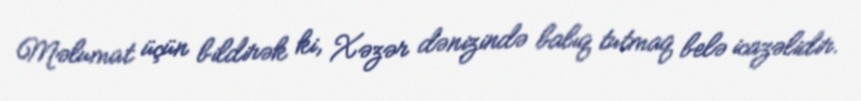
Məlumat üçün bildirək ki, Xəzər dənizində balıq tutmaq belə icazəlidir.